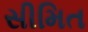
સીમિત